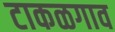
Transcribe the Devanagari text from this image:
टाकळगाव